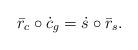
LaTeX: \begin{align*}\bar{r}_c\circ \dot{c}_g = \dot{s}\circ \bar{r}_s .\end{align*}